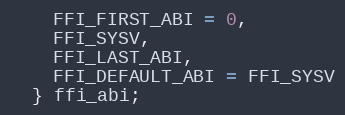
Language: C
    FFI_FIRST_ABI = 0,
    FFI_SYSV,
    FFI_LAST_ABI,
    FFI_DEFAULT_ABI = FFI_SYSV
  } ffi_abi;